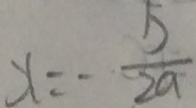
x = - \frac { 5 } { 2 a }